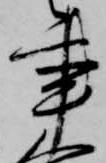
事